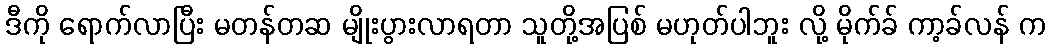
ဒီကို ရောက်လာပြီး မတန်တဆ မျိုးပွားလာရတာ သူတို့အပြစ် မဟုတ်ပါဘူး လို့ မိုက်ခ် ကာ့ခ်လန် က